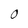
Character: O